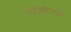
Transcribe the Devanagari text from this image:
गोटमारीमुळे